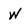
Character: W